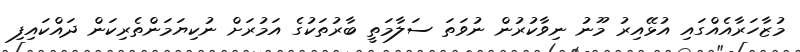
މުޒާހަރާއެއްގައި އުޅޭއިރު މޫނު ނިވާކުރުން ނުވަތަ ސަލާމަތީ ބާރުތަކުގެ އަމުރަށް ނުކިޔަމަންތެރިކަން ދައްކައިފި